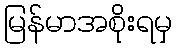
မြန်မာအစိုးရမှ